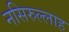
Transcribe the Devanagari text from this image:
नसिरुल्लाह